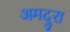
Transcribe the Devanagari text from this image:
अमदुरा